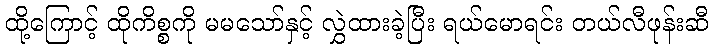
ထို့ကြောင့် ထိုကိစ္စကို မမသော်နှင့် လွှဲထားခဲ့ပြီး ရယ်မောရင်း တယ်လီဖုန်းဆီ